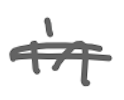
Text: in
Cross-out: double-line
Writing tool: digital_gray